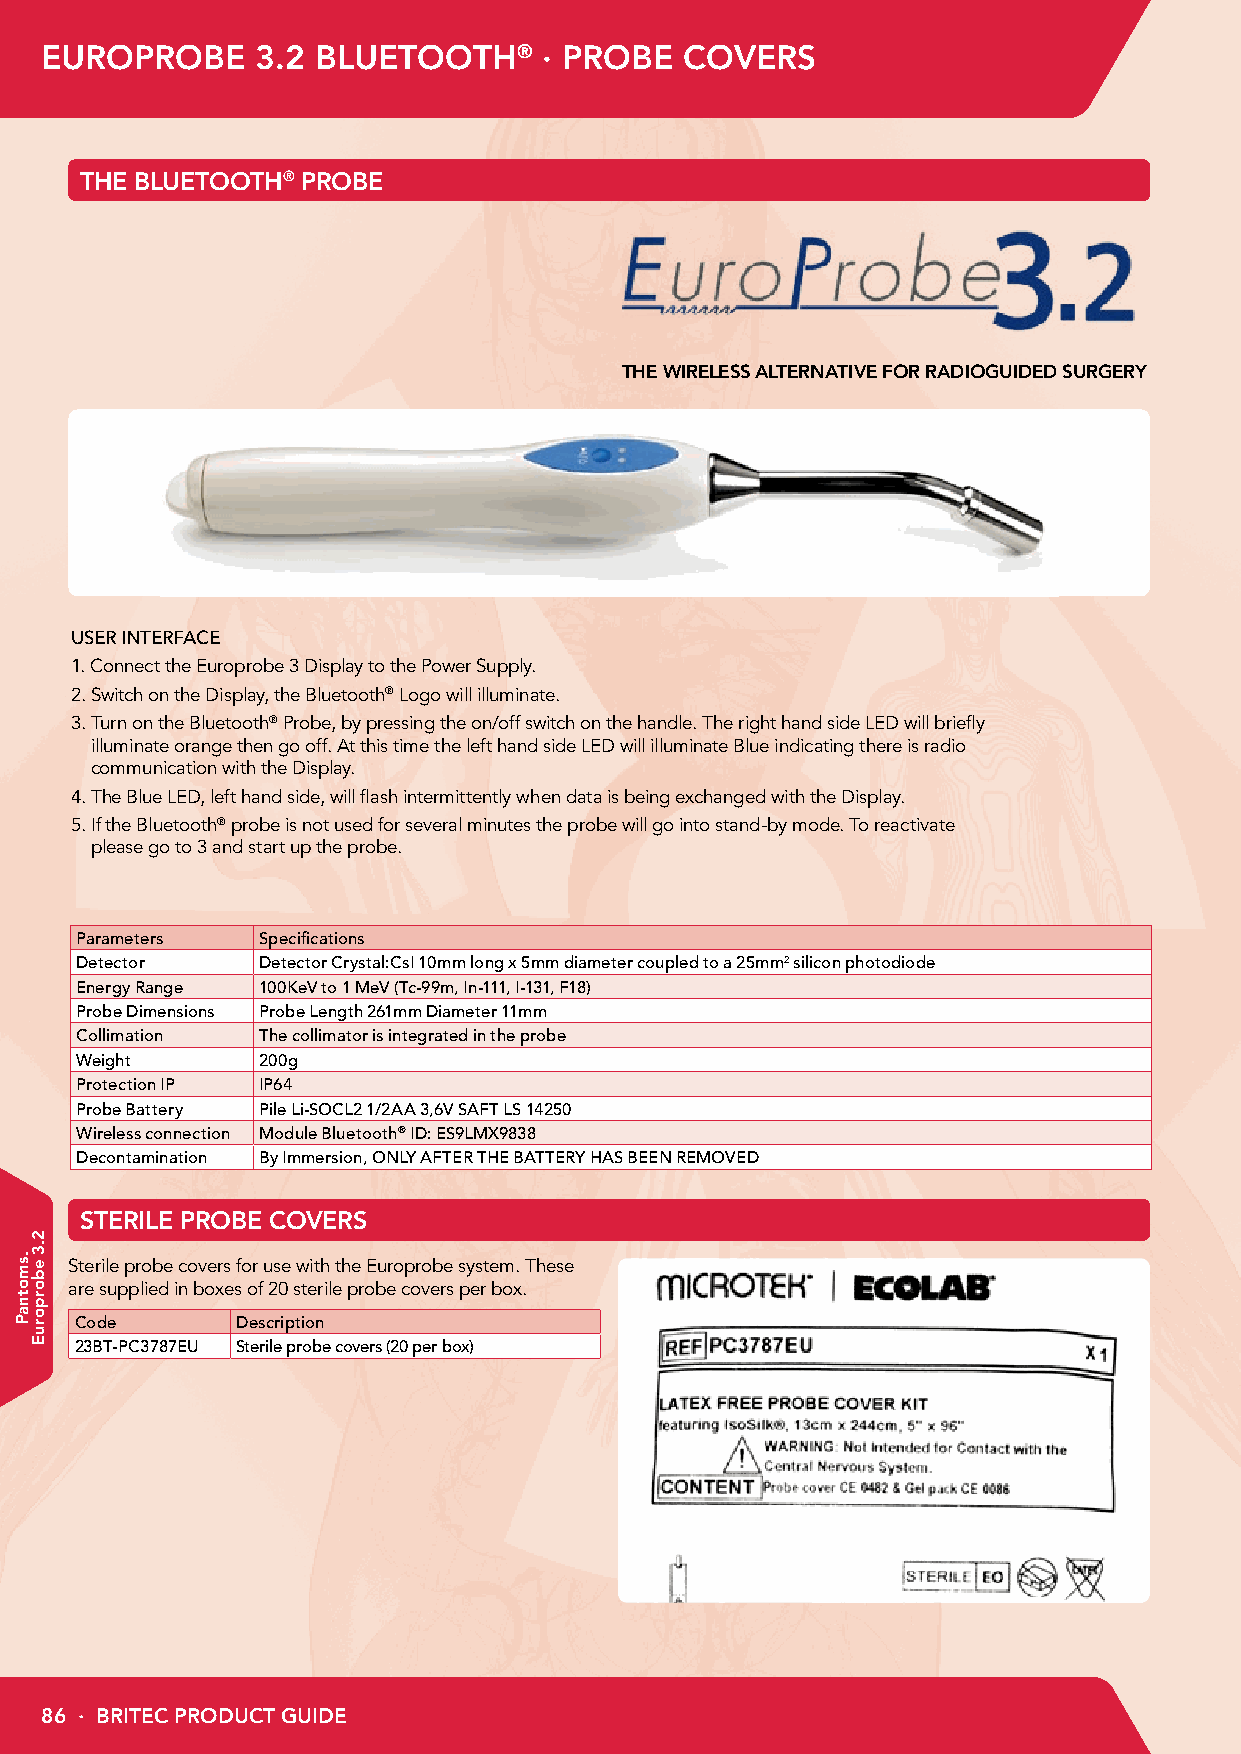
EUROPROBE     3.2 BLUETOOTH®     · PROBE  COVERS
 THE BLUETOOTH® PROBE
 THE WIRELESS ALTERNATIVE FOR RADIOGUIDED SURGERY
 USER INTERFACE
 1.Connect the Europrobe 3 Display to the Power Supply.
 2. Switch on the Display, the Bluetooth® Logo will illuminate.
 3. Turn on the Bluetooth® Probe, by pressing the on/off switch on the handle. The right hand side LED will briefly
 illuminate orange then go off. At this time the left hand side LED will illuminate Blue indicating there is radio
 communication with the Display.
 4. The Blue LED, left hand side, will flash intermittently when data is being exchanged with the Display.
 5. If the Bluetooth® probe is not used for several minutes the probe will go into stand-by mode. To reactivate
 please go to 3 and start up the probe.
 Parameters  Specifications
 Detector    Detector Crystal:CsI 10mm long x 5mm diameter coupled to a 25mm2 silicon photodiode
 Energy Range 100KeV to 1 MeV (Tc-99m, In-111, I-131, F18)
 Probe Dimensions Probe Length 261mm Diameter 11mm
 Collimation The collimator is integrated in the probe
 Weight      200g
 Protection IP IP64
 Probe Battery Pile Li-SOCL2 1/2AA 3,6V SAFT LS 14250
 Wireless connection Module Bluetooth® ID: ES9LMX9838
 Decontamination By Immersion, ONLY AFTER THE BATTERY HAS BEEN REMOVED
 STERILE PROBE COVERS
 Sterile probe covers for use with the Europrobe system. These
 are supplied in boxes of 20 sterile probe covers per box.
 Code       Description
 23BT-PC3787EU Sterile probe covers (20 per box)
 86 · BRITEC PRODUCT GUIDE
 .smotnaP
 2.3
 eborporuE